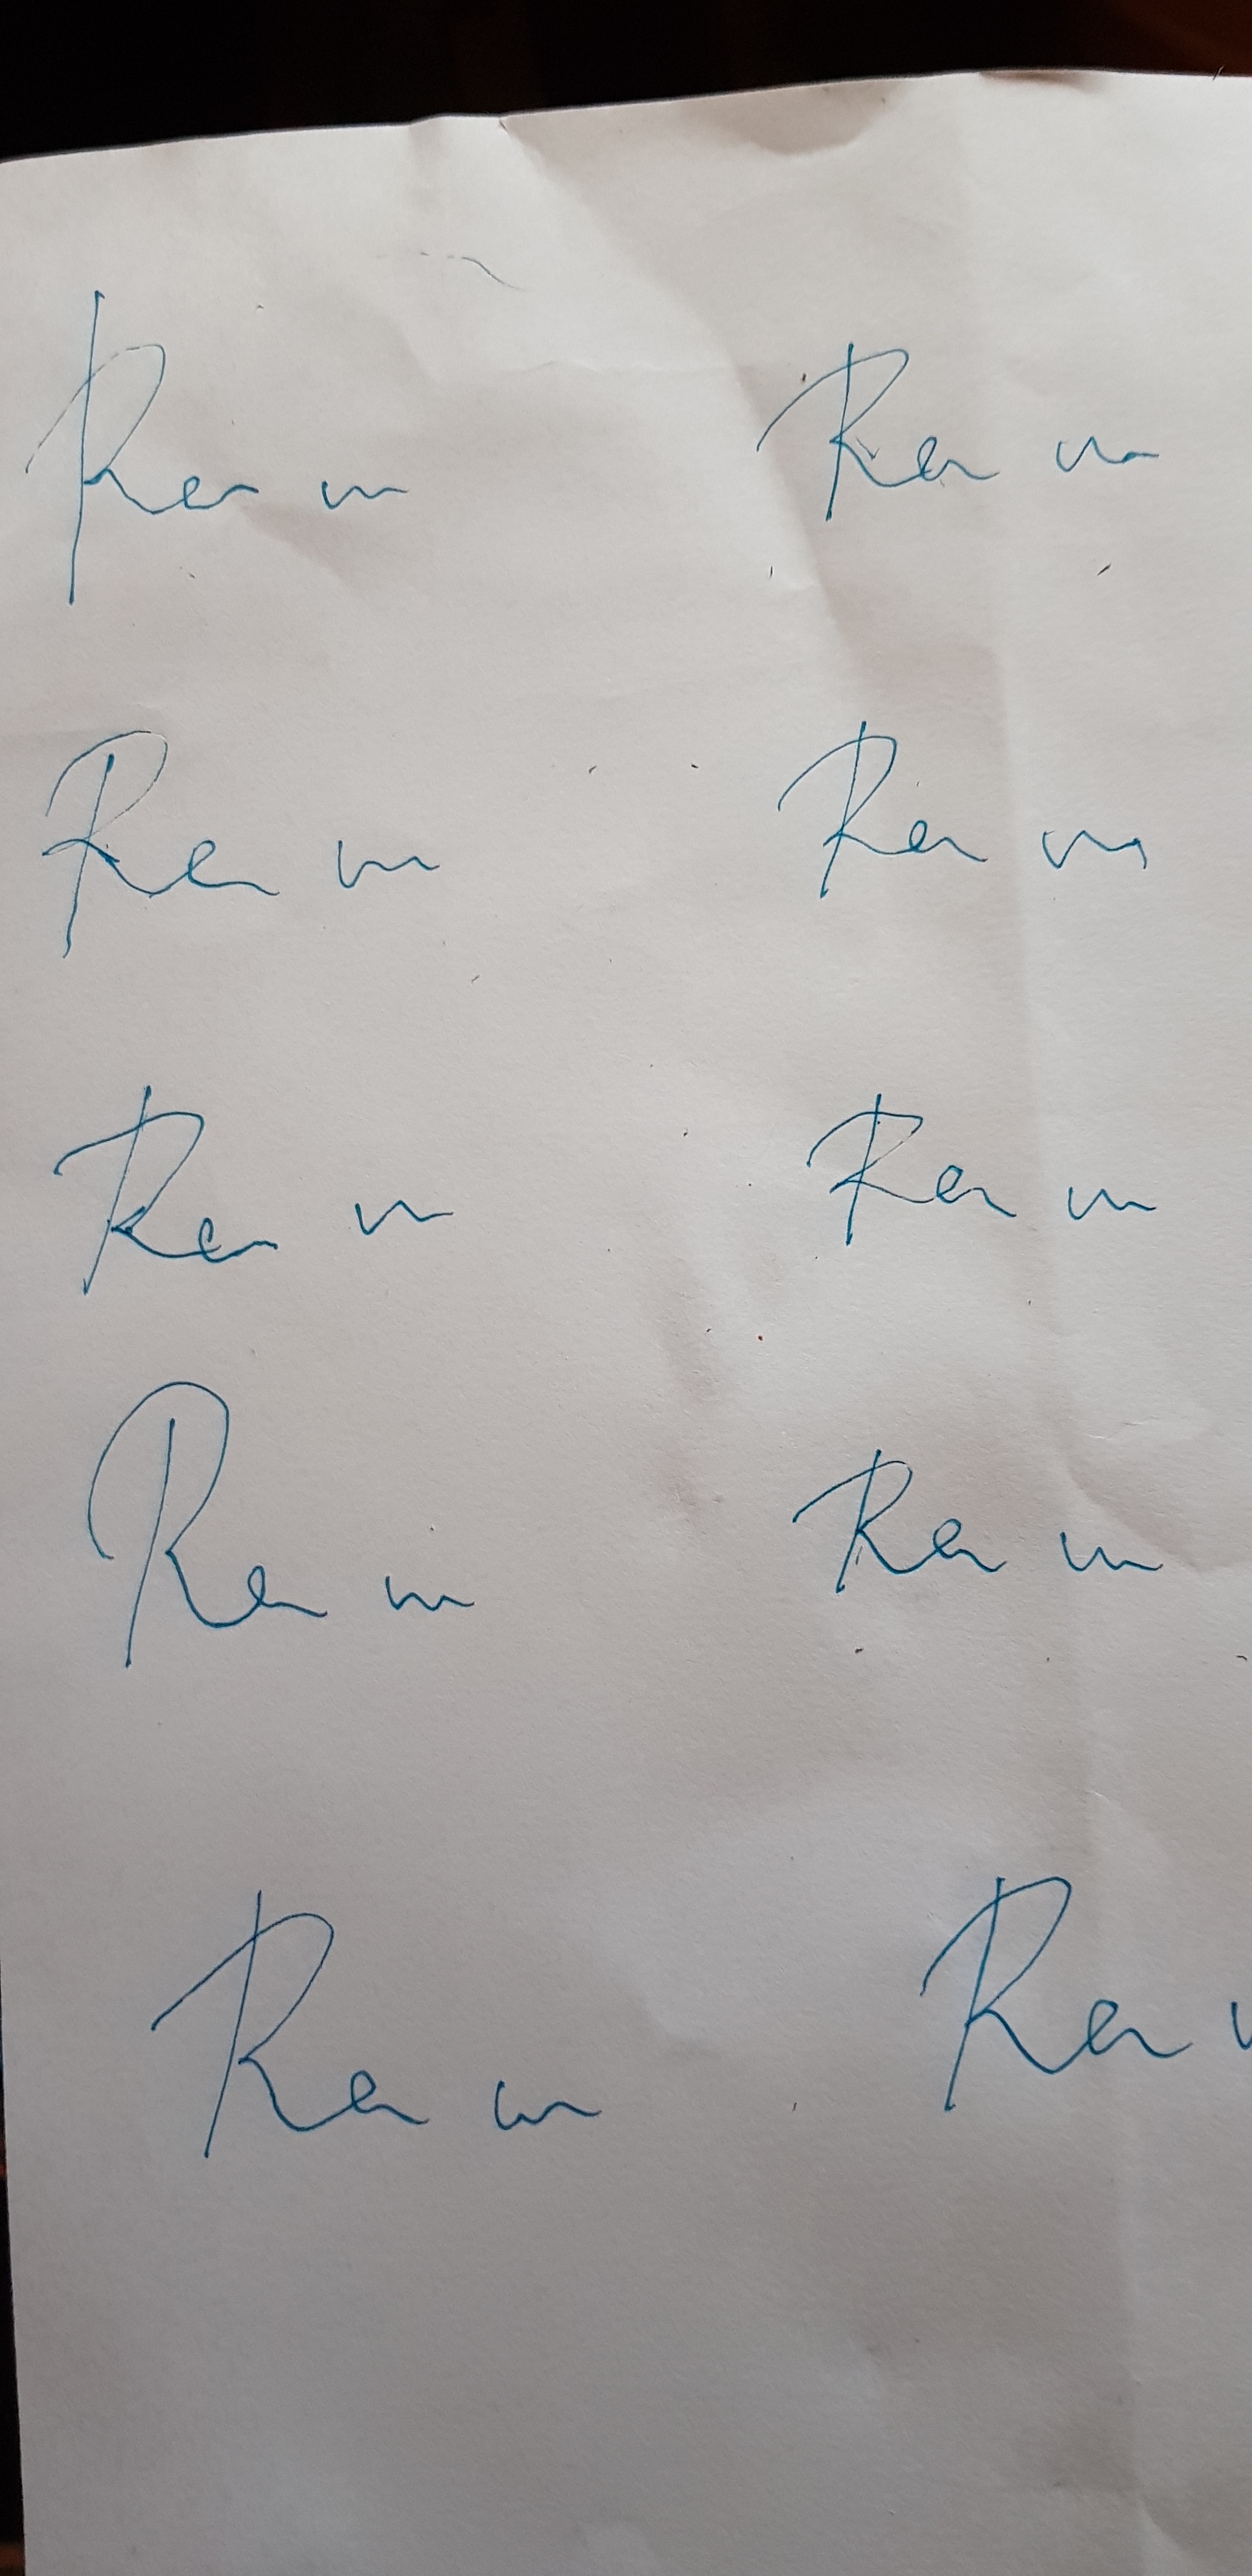
Signature authenticity: forged